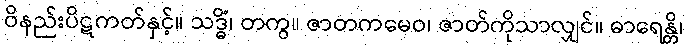
ဝိနည်းပိဋကတ်နှင့်။ သဒ္ဓိံ၊ တကွ။ ဇာတကမေဝ၊ ဇာတ်ကိုသာလျှင်။ ဓာရေန္တိ၊